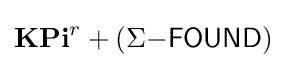
\mathbf {KPi} ^{r}+(\Sigma {\mathsf {-FOUND}})